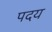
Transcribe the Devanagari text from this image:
पदय